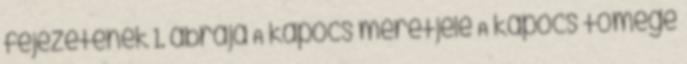
fejezetének 1. ábrája A kapocs méretjele A kapocs tömege